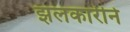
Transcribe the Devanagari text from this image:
झलकारीने